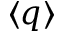
\langle q \rangle